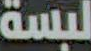
لبسة